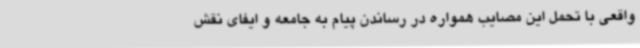
واقعی با تحمل این مصایب همواره در رساندن پیام به جامعه و ایفای نقش